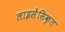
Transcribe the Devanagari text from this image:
लाइसेंसिकृत